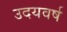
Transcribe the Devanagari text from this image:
उदयवर्ष